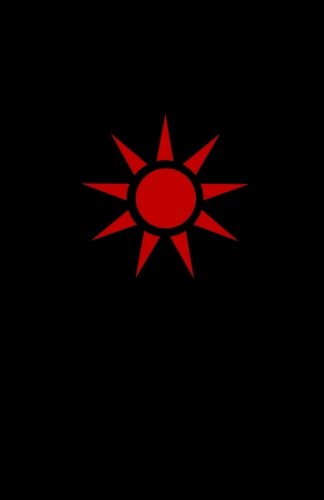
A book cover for Sith Academy: The Path of  Power (The Nine Echelons of Sith Mastery) (Volume 1); The Dark Lords; Christian Books & Bibles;